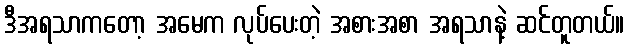
ဒီအရသာကတော့ အမေက လုပ်ပေးတဲ့ အစားအစာ အရသာနဲ့ ဆင်တူတယ်။